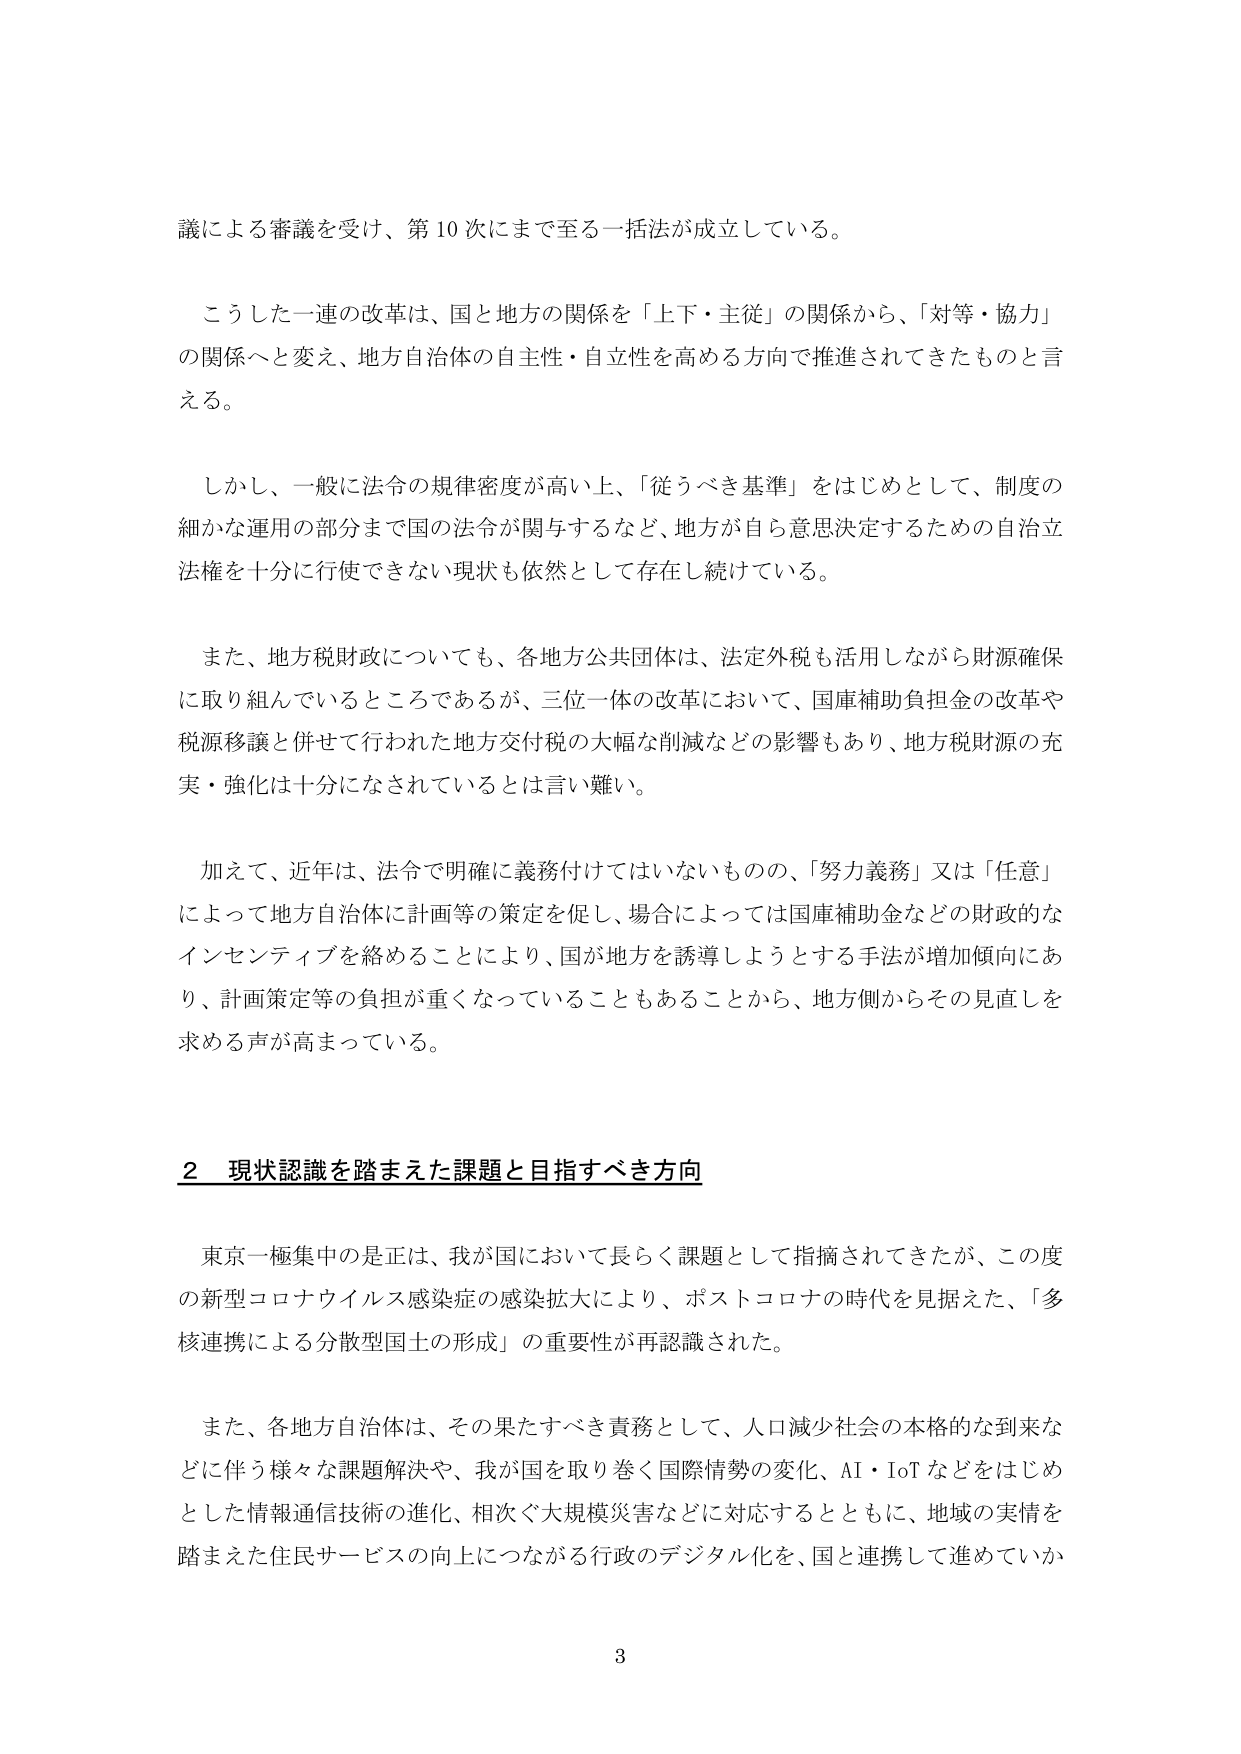
議による審議を受け、第10次にまで至る一括法が成立している。

こうした一連の改革は、国と地方の関係を「上下・主従」の関係から、「対等・協力」の関係へと変え、地方自治体の自主性・自立性を高める方向で推進されてきたものと言える。

しかし、一般に法令の規律密度が高い上、「従うべき基準」をはじめとして、制度の細かな運用の部分まで国の法令が関与するなど、地方が自ら意思決定するための自治立法権を十分に行使できない現状も依然として存在し続けている。

また、地方税財政についても、各地方公共団体は、法定外税も活用しながら財源確保に取り組んでいるところであるが、三位一体の改革において、国庫補助負担金の改革や税源移譲と併せて行われた地方交付税の大幅な削減などの影響もあり、地方税財源の充実・強化は十分になされているとは言い難い。

加えて、近年は、法令で明確に義務付けではないものの、「努力義務」又は「任意」によって地方自治体に計画等の策定を促し、場合によっては国庫補助金などの財政的なインセンティブを絡めることにより、国が地方を誘導しようとする手法が増加傾向にあり、計画策定等の負担が重くなっていることもあることから、地方側からその見直しを求める声が高まっている。

2 現状認識を踏まえた課題と目指すべき方向

東京一極集中の是正は、我が国において長らく課題として指摘されてきたが、この度の新型コロナウイルス感染症の感染拡大により、ポストコロナの時代を見据えた、「多核連携による分散型国土の形成」の重要性が再認識された。

また、各地方自治体は、その果たすべき責務として、人口減少社会の本格的な到来などに伴う様々な課題解決や、我が国を取り巻く国際情勢の変化、AI・IoTなどをはじめとした情報通信技術の進化、相次ぐ大規模災害などに対応するとともに、地域の実情を踏まえた住民サービスの向上につながる行政のデジタル化を、国と連携して進めていか

3